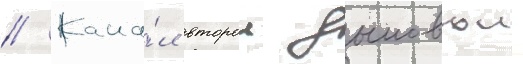
// Кана́л второи дымовои